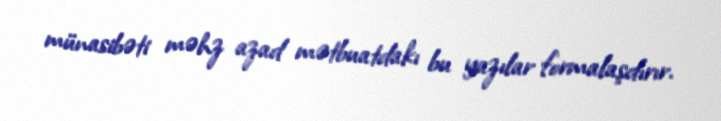
münasibəti məhz azad mətbuatdakı bu yazılar formalaşdırır.